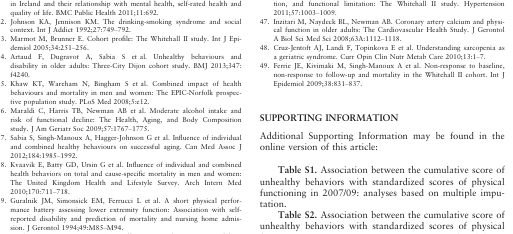
| <ROWSPAN=2> Baseline Characteristic | <ROWSPAN=2> Study Population, N = 5,671 | <COLSPAN=4> Unhealthy Behaviors 2 or 3 Times in the Three Assessments (1991–93, 1997–99, 2002–04) |
 | Current or Recent Ex-Smoking, n = 700 (12.3%) | Nonmoderate Alcohol Consumption, n = 1,984 (35.0%) | Fruit and Vegetable Consumption < Twice Daily, n = 3,823 (67.4%) | Physical Inactivity, n = 1,160 (20.5%) |
 | --- | --- | --- | --- | --- | --- |
 | Age, mean ± SD | 49.1 (5.9) | 48.4 (5.6)a | 49.0 (5.9) | 49.0 (5.9)a | 48.6 (5.9)a |
 | Male, n (%) | 4,086 (72.1) | 472 (67.4)a | 1,342 (67.6)a | 2,882 (75.4)a | 649 (56.0)a |
 | Height, cm, mean ± SD (in 2007–09) | 171.0 (9.2) | 170.1 (9.3)a | 170.3 (9.5)a | 171.2 (9.2) | 167.9 (10.1)a |
 | Married or cohabiting, n (%) | 4,354 (76.8) | 496 (71.0)a | 1,436 (72.4)a | 2,915 (76.3) | 748 (64.5)a |
 | ≥University degree, n (%) | 1,715 (30.2) | 141 (20.1)a | 601 (30.3) | 1,007 (26.3)a | 333 (28.7) |
 | Current or recent ex-smoking, n (%) | 834 (14.7) | 669 (95.6)a | 376 (19.0)a | 660 (17.3)a | 211 (18.2)a |
 | Nonmoderate alcohol consumption, n (%) | 1,922 (33.9) | 298 (42.6)a | 1,538 (77.5)a | 1,349 (35.3)a | 491 (42.3)a |
 | Fruit and vegetable consumption < twice daily, n (%) | 4,403 (77.6) | 623 (89.0)a | 1,563 (78.8) | 3,683 (96.3)a | 947 (81.6)a |
 | Physical inactivity, n (%) | 1,025 (18.1) | 158 (22.6)a | 419 (21.1)a | 741 (19.4)a | 691 (59.6)a |